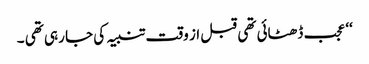
‘‘ عجب ڈھٹائی تھی قبل از وقت تنبیہ کی جا رہی تھی ۔